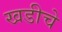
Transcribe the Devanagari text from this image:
खडीचे